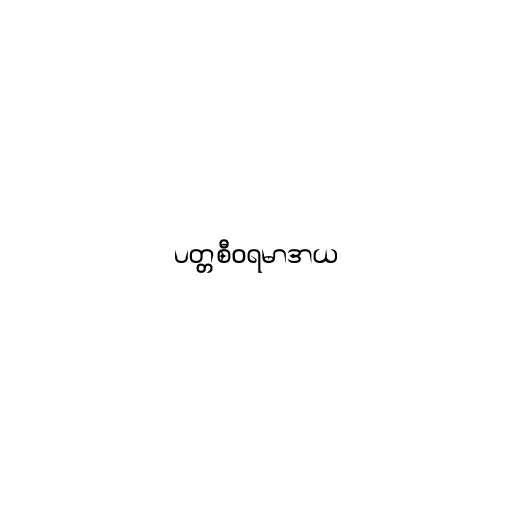
ပတ္တစီဝရမာဒာယ